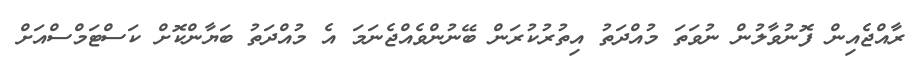
ރާއްޖެއިން ފޮނުވާލުން ނުވަތަ މުއްދަތު އިތުރުކުރަން ބޭނުންވެއްޖެނަމަ އެ މުއްދަތު ބަޔާންކޮށް ކަސްޓަމްސްއަށް